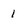
Character: 1